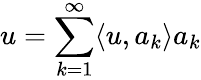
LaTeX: u=\sum_{k=1}^{\infty}\langle u,a_{k}\rangle a_{k}